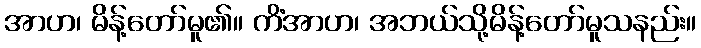
အာဟ၊ မိန့်တော်မူ၏။ ကိံအာဟ၊ အဘယ်သို့မိန့်တော်မူသနည်း။